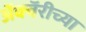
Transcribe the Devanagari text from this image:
अॅक्वॅरीच्या